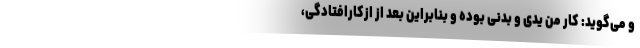
و می‌گوید: کار من یدی و بدنی بوده و بنابراین بعد از ازکارافتادگی،